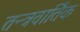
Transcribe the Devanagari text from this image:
तन्त्रवार्तिक